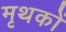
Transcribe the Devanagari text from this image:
मृथकों